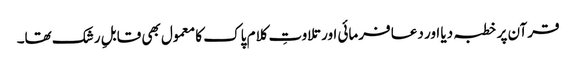
قرآن پر خطبہ دیا اور دعا فرمائی اور تلاوتِ کلام پاک کا معمول بھی قابلِ رشک تھا۔